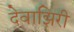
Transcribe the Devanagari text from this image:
देवाझिरी